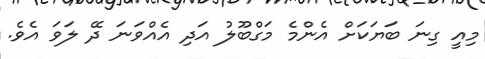
މިއީ ގިނަ ބަޔަކަށް އެންމެ މަގްބޫލު އަދި އެއްވަނަ ދޭ ލަވަ އެވެ.